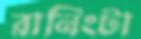
রানিংটা